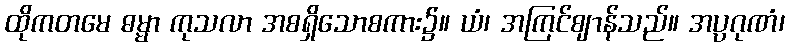
ထိုကတမေ ဓမ္မာ ကုသလာ အစရှိသောစကား၌။ ယံ၊ အကြင်ဈာန်သည်။ အပ္ပဂုဏံ၊